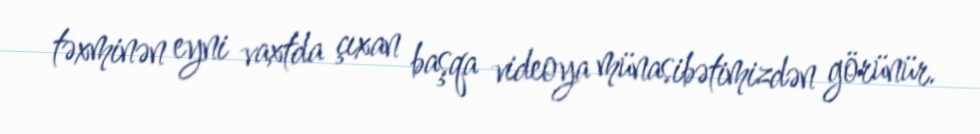
təxminən eyni vaxtda çıxan başqa videoya münasibətimizdən görünür.